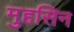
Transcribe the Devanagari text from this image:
मुहसिन